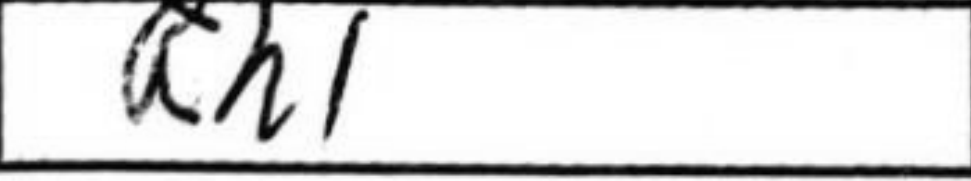
Transcription: Rh1